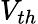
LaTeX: V_{th}